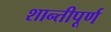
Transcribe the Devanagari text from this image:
शान्तीपूर्ण